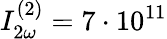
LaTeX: I_{2\omega}^{(2)}=7\cdot 10^{11}